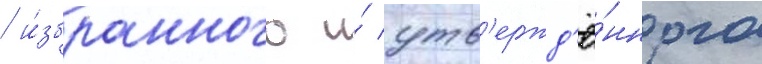
/ и́збранного и́ утв'ержд'ё́нного